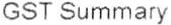
GST SUMMARY